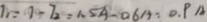
1 1 = 1 - 7 _ { 2 } = 1 . 5 A - 0 . 6 A = 0 . 9 A